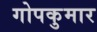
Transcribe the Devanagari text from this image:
गोपकुमार